Report on lock hospitals in British Burma
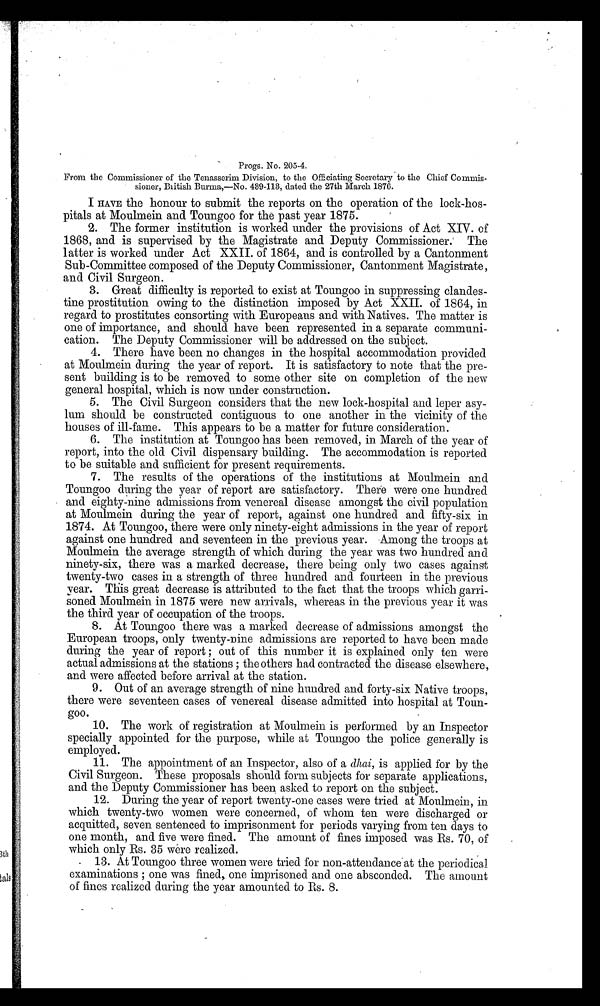
Progo. No. 205-4.
From the Commissioner of the Tenasserim Division, to the Officiating Secretary to the Chief
Commissioner. British Burma.—No. 439-113, dated the 27th March 1876.
I HAVE the honour to submit the reports on the operation of the lock-hos-
pitals at Moulmein and Toungoo for the past year 1875.
2. The former institution is worked under the provisions of Act XIV. of
1868, and is supervised by the Magistrate and Deputy Commissioner. The
latter is worked under Act XXII. of 1864, and is controlled by a Cantonment
Sub-Committee composed of the Deputy Commissioner, Cantonment Magistrate,
and Civil Surgeon.
3. Great difficulty is reported to exist at Toungoo in suppressing clandes-
-tine prostitution owing to the distinction imposed by Act XXII. of 1864, in
regard to prostitutes consorting with Europeans and with Natives. The matter is
one of importance, and should have been represented in a separate communi-
cation. The Deputy Commissioner will be addressed on the subject.
4. There have been no changes in the hospital accommodation provided
at Moulmein during the year of report. It is satisfactory to note that the pre-
sent building is to be removed to some other site on completion of the new
general hospital, which is now under construction.
5. The Civil Surgeon considers that the new lock-hospital and leper asy-
- l u m s h o u l d b e c o n s t r u c t e d c o n t i g u o u s t o o n e a n o t h e r i n t h e v i c i n i t y o f t h e
houses of ill-fame. This appears to be a matter for future consideration.
6. The institution at Toungoo has been removed, in March of the year of
report, into the old Civil dispensary building. The accommodation is reported
to be suitable and sufficient for present requirements.
7. The results of the operations of the institutions at Moulmein and
Toungoo during the year of report are satisfactory. There were one hundred
and eighty-nine admissions from venereal disease amongst the civil population
at Moulmein during the year of report, against one hundred and fifty-six in
1874. At Toungoo, there were only ninety-eight admissions in the year of report
against one hundred and seventeen in the previous year. Among the troops at
Moulmein the average strength of which during the year was two hundred and
ninety-six, there was a marked decrease, there being only two cases against
twenty-two cases in a strength of three hundred and fourteen in the previous
year. This great decrease is attributed to the fact that the troops which garri-
soned Moulmein in 1875 were new arrivals, whereas in the previous year it was
the third year of occupation of the troops.
8. At Toungoo there was a marked decrease of admissions amongst the
European troops, only twenty-nine admissions are reported to have been made
during the year of report ; out of this number it is explained only ten were
actual admissions at the stations ; the others had contracted the disease elsewhere,
and were affected before arrival at the station.
9. Out of an average strength of nine hundred and forty-six Native troops,
there were seventeen cases of venereal disease admitted into hospital at
T o u n g o o .
10. The work of registration at Moulmein is performed by an Inspector
specially appointed for the purpose, while at Touugoo the police generally is
employed.
11. The appointment of an Inspector, also of a dhai, is applied for by the
Civil Surgeon. These proposals should form subjects for separate applications,
and the Deputy Commissioner has been asked to report on the subject.
12. During the year of report twenty-one cases were tried at Moulmein, in
which twenty-two women were concerned, of whom ten were discharged or
acquitted, seven sentenced to imprisonment for periods varying from ten days to
one month, and five were fined. The amount of fines imposed was Rs. 70, of
which only Rs. 35 were realized.
13. At Toungoo three women were tried for non-attendance at the periodical
examinations ; one was fined, one imprisoned and one absconded. The amount
of fines realized during the year amounted to Rs. 8.